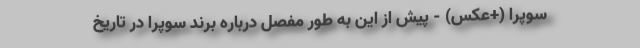
سوپرا (+عکس) - پیش از این به طور مفصل درباره برند سوپرا در تاریخ